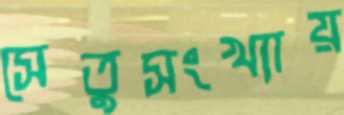
সেতুসংখ্যায়